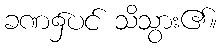
ခဏ၌ပင် သိသွား၏။